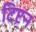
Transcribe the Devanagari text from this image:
टिप्टन